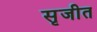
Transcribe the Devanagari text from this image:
सृजीत